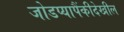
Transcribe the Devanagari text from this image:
जोडप्यापैंकीदेखील